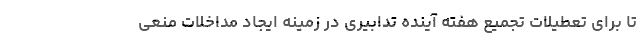
تا برای تعطیلات تجمیع هفته آینده تدابیری در زمینه ایجاد مداخلات منعی